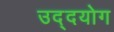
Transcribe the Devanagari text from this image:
उद्दयोग